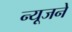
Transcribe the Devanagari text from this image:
न्यूजने